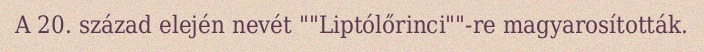
A 20. század elején nevét ""Liptólőrinci""-re magyarosították.